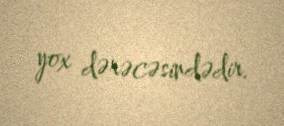
yox dərəcəsindədir.